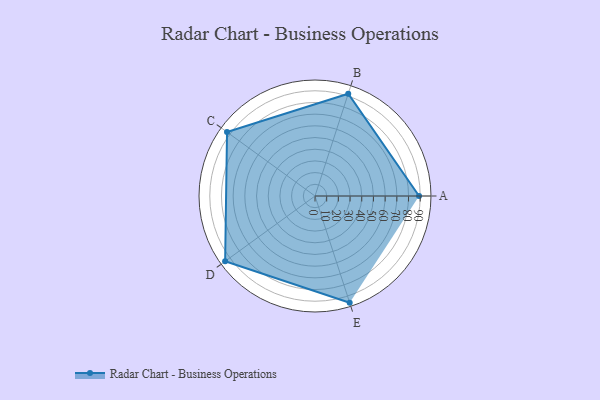
{"axis": {"x": "Skill", "y": "Score"}, "legend": ["Profile"], "data": [{"x": "A", "y": 89.0, "type": "Profile"}, {"x": "B", "y": 92.0, "type": "Profile"}, {"x": "C", "y": 93.0, "type": "Profile"}, {"x": "D", "y": 95.0, "type": "Profile"}, {"x": "E", "y": 96.0, "type": "Profile"}]}